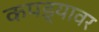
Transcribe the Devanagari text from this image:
कपड्यावर